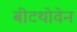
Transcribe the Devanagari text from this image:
बीटथोवेन